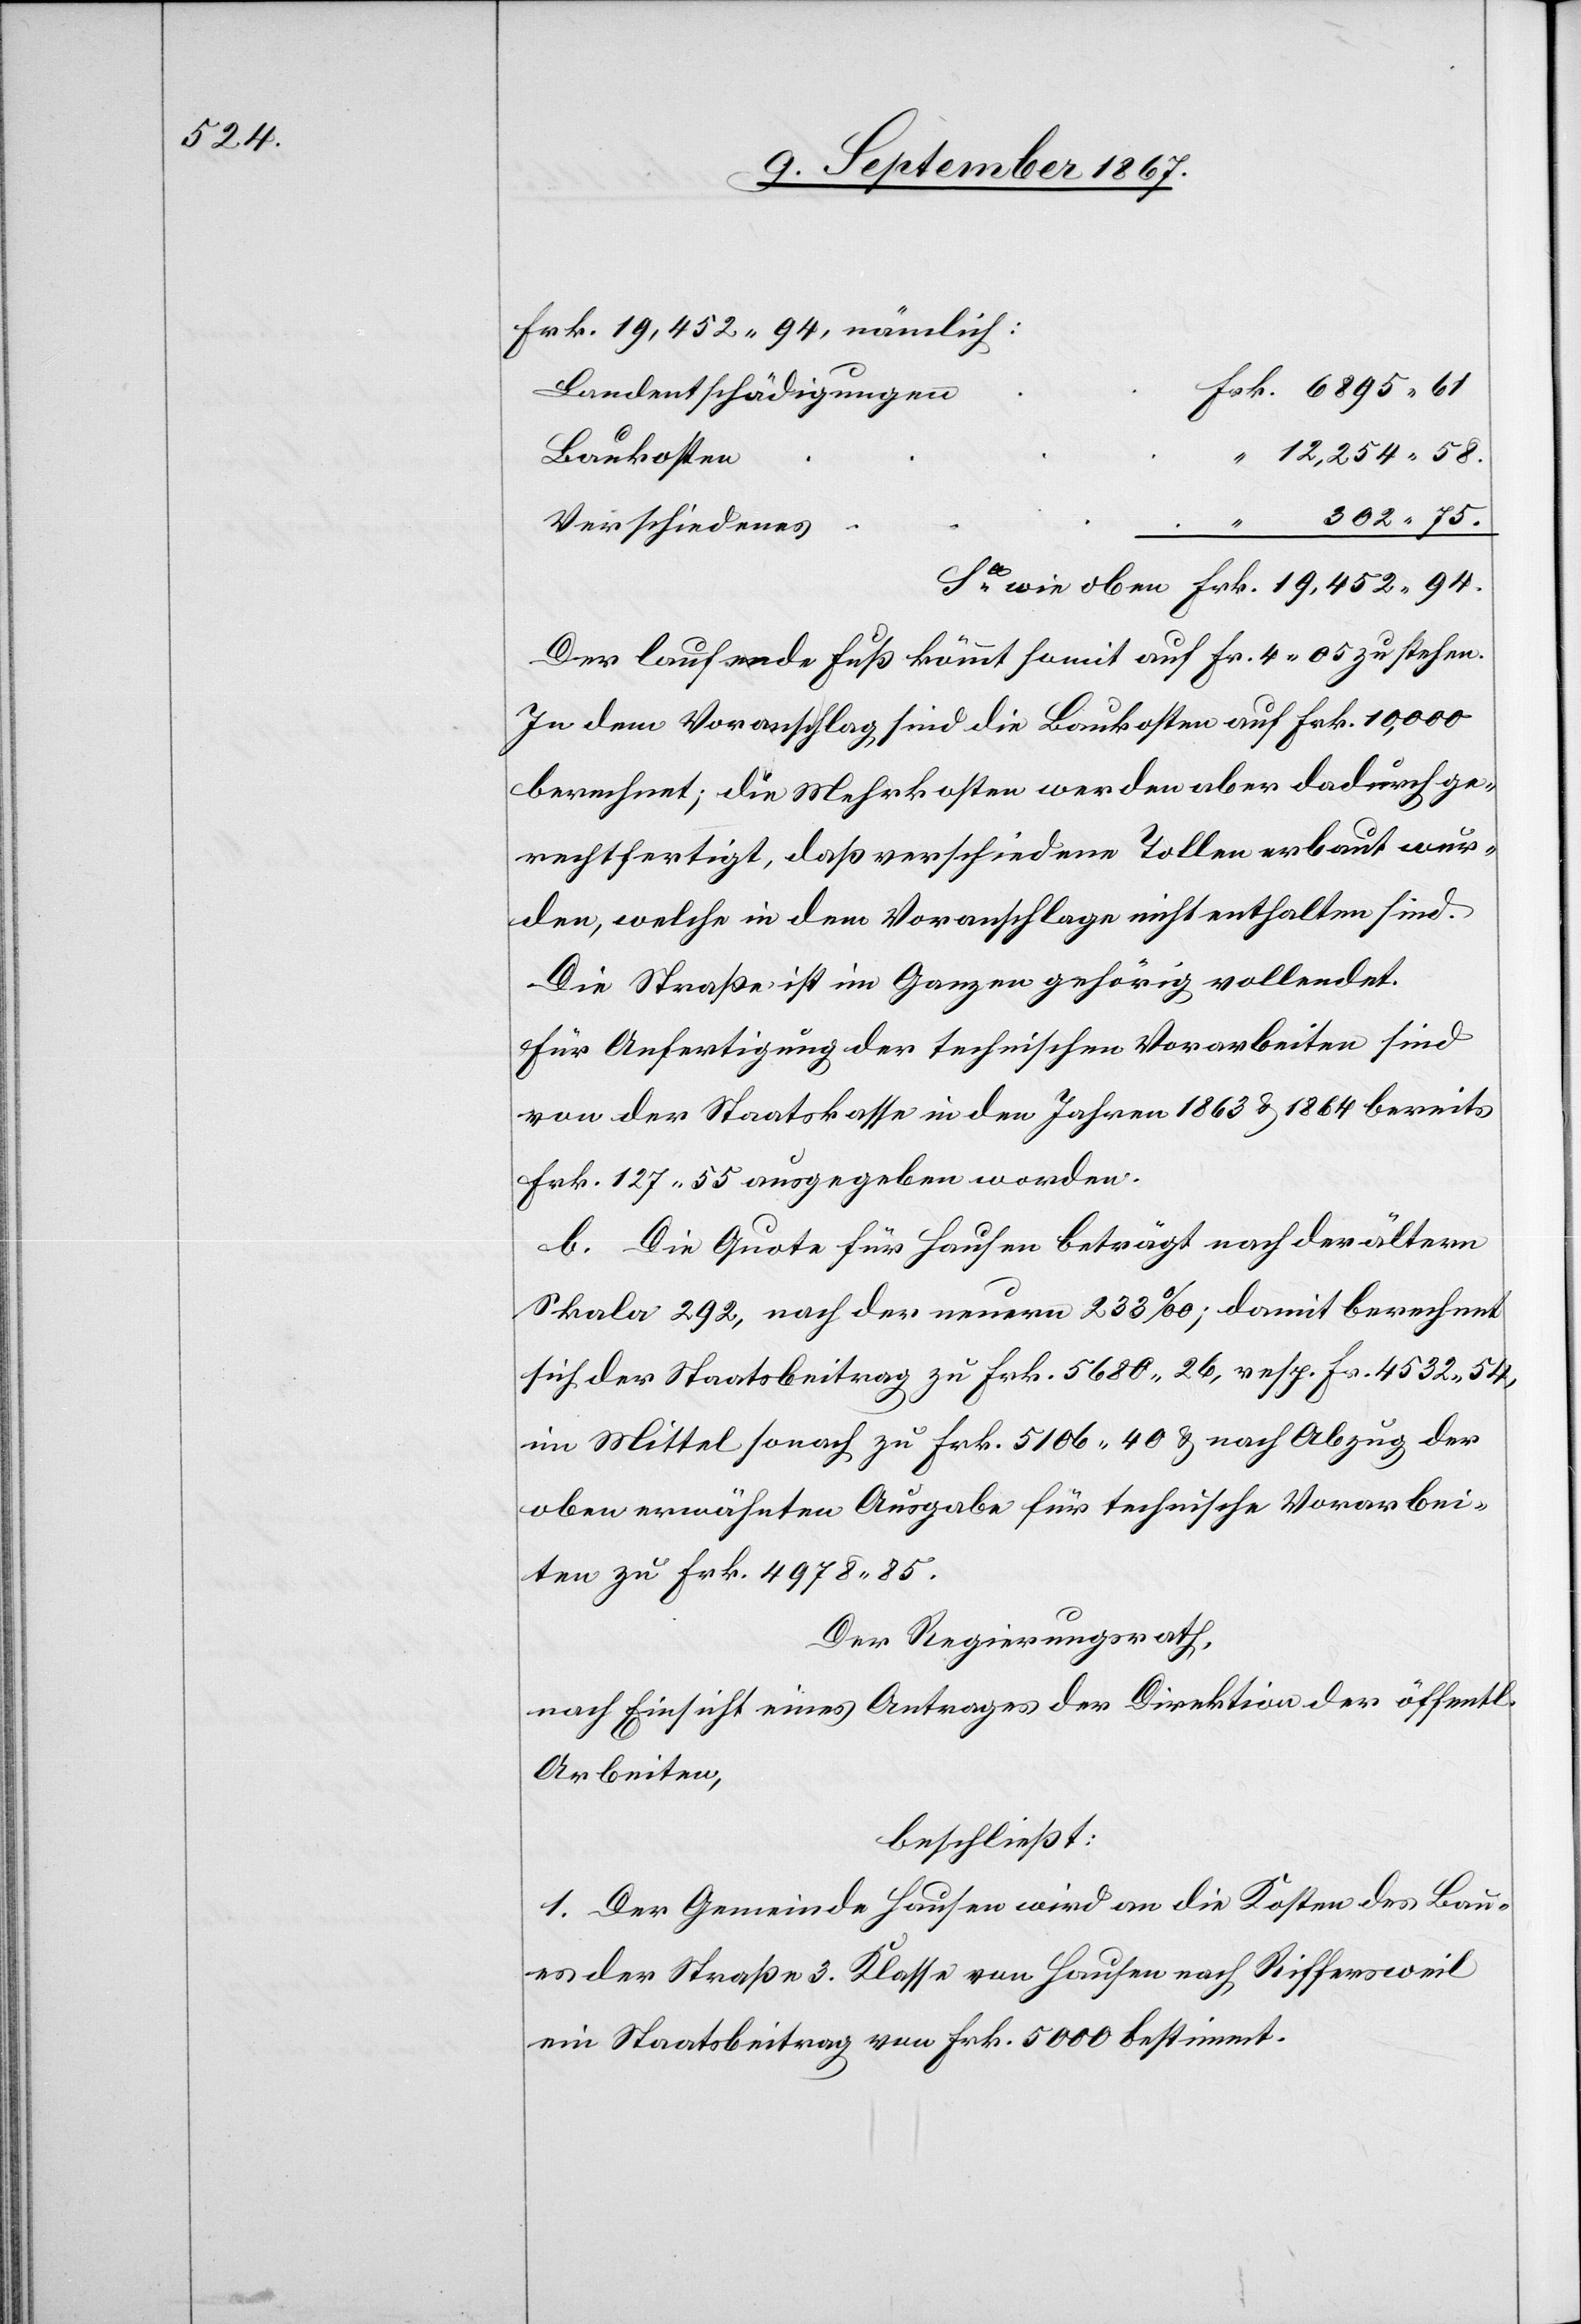
452.94.

Frk. 19 452.94, nämlich:
Landentschädigungen
Baukosten
302.75
“
12
Verschiedenes
Der laufende Fuß kömmt somit auf Frk. 4.05 zu stehen.
In dem Voranschlag sind die Baukosten auf Frk. 10 000
berechnet; die Mehrkosten werden aber dadurch ge¬
rechtfertigt, daß verschiedene Tollen erbaut wur¬
den, welche in dem Voranschlage nicht enthalten sind.
Die Straße ist im Ganzen gehörig vollendet.
Für Anfertigung der technischen Vorarbeiten sind
von der Staatskasse in den Jahren 1863 u. 1864 bereits
Frk. 127.55 ausgegeben worden.
b. Die Quote für Hausen beträgt nach der ältern
Skala 292, nach der neuern 233‰; damit berechnet
sich der Staatsbeitrag zu Frk. 5680.26, resp. Fr. 4532.54,
im Mittel sonach zu Frk. 5106.40 u. nach Abzug der
oben erwähnten Ausgabe für technische Vorarbei¬
ten zu Frk. 4978.85.
Der Regierungsrath,
nach Einsicht eines Antrages der Direktion der öff.
Arbeiten,
beschließt:
1. Der Gemeinde Hausen wird an die Kosten des Bau¬
es der Straße 3. Klasse von Hausen nach Riffersweil
ein Staatsbeitrag von Frk. 500 bestimmt.